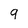
Character: 9